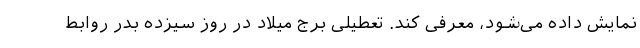
نمایش داده می‌شود، معرفی کند. تعطیلی برج میلاد در روز سیزده بدر روابط